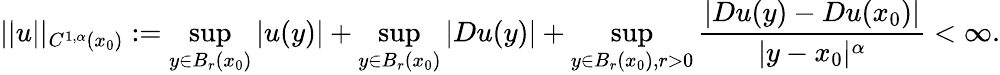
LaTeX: ||u||_{C^{1,\alpha}(x_{0})}:=\operatorname*{sup}_{y\in B_{r}(x_{0})}|u(y)|+\operatorname*{sup}_{y\in B_{r}(x_{0})}|Du(y)|+\operatorname*{sup}_{y\in B_{r}(x_{0}),r>0}\frac{|Du(y)-Du(x_{0})|}{|y-x_{0}|^{\alpha}}<\infty.